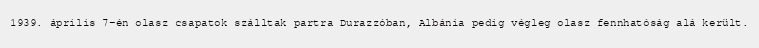
1939. április 7-én olasz csapatok szálltak partra Durazzóban, Albánia pedig végleg olasz fennhatóság alá került.